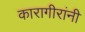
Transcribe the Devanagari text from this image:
कारागीरांनी